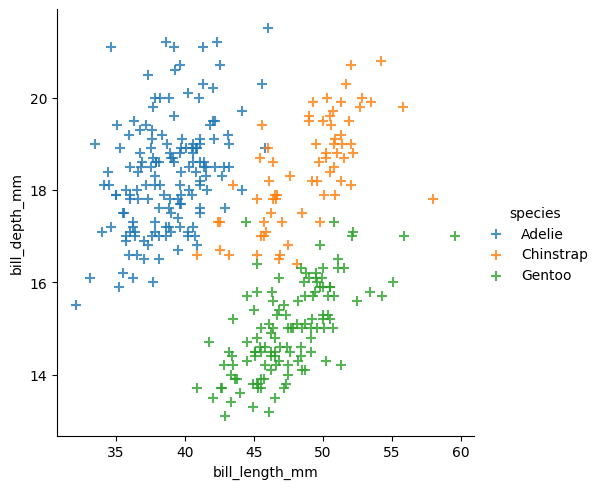
python, seaborn, lmplot, aspect=1.0, order=2, markers='+'